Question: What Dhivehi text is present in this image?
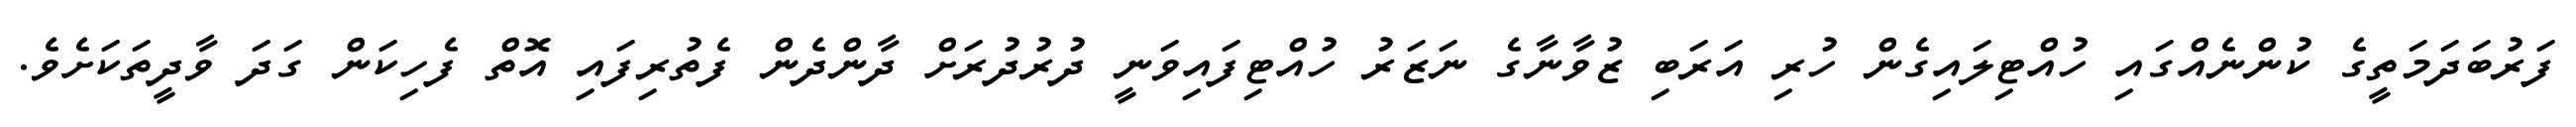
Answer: ފަރުބަދަމަތީގެ ކުންނެއްގައި ހުއްޓިލައިގެން ހުރި އަރަބި ޒުވާނާގެ ނަޒަރު ހުއްޓިފައިވަނީ ދުރުދުރަށް ދާންދެން ފެތުރިފައި އޮތް ފެހިކަން ގަދަ ވާދީތަކަށެވެ.